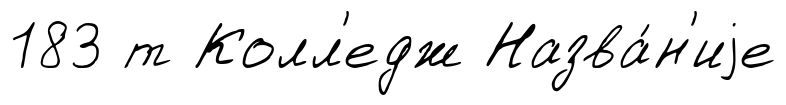
183 т Колл'едж Назва́н'иjе